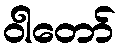
ဝါတော်